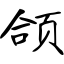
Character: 颌